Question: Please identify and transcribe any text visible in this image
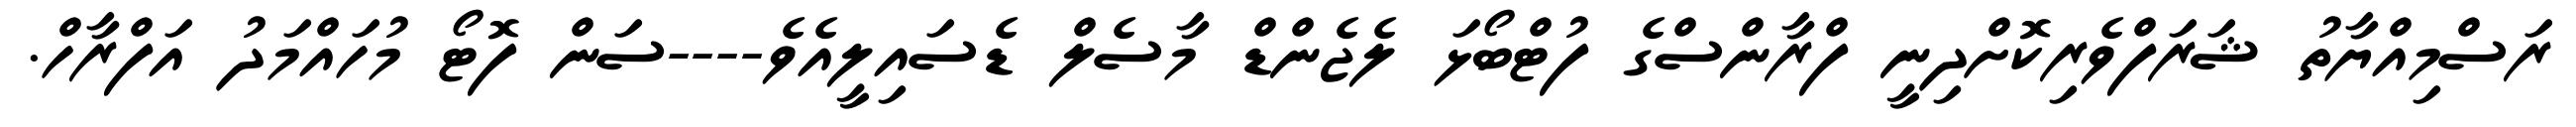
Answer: ރަސްމިއްޔާތު ޝަރަފްވެރިކޮށްދިނީ ފްރާންސްގެ ފުޓްބޯޅަ ލެޖެންޑް މާސެލް ޑެސައިލީއެވެ----ސަން ފޮޓޯ މުހައްމަދު އަފްރާހް.